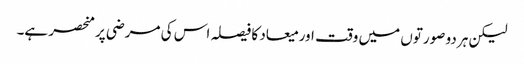
لیکن ہر دو صورتوں میں وقت اور میعاد کا فیصلہ اس کی مرضی پر منحصر ہے۔